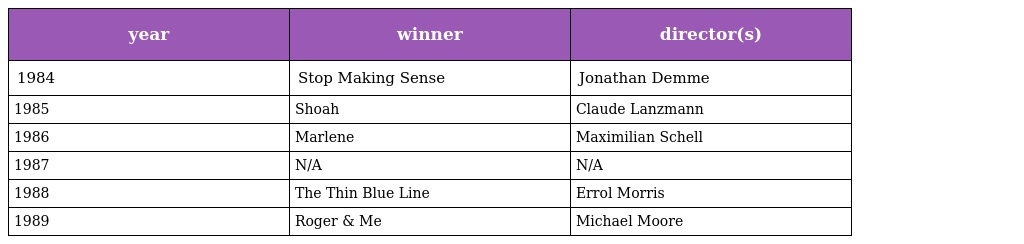
| year | winner | director(s) |
 | --- | --- | --- |
 | 1984 | Stop Making Sense | Jonathan Demme |
 | 1985 | Shoah | Claude Lanzmann |
 | 1986 | Marlene | Maximilian Schell |
 | 1987 | N/A | N/A |
 | 1988 | The Thin Blue Line | Errol Morris |
 | 1989 | Roger & Me | Michael Moore |